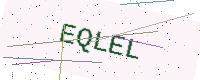
Text: EQLEL